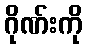
ဂိုဏ်းကို